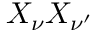
X _ { \nu } X _ { \nu ^ { \prime } }